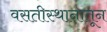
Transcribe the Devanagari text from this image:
वसतीस्थानातून